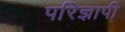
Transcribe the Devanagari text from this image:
परिज्ञापी